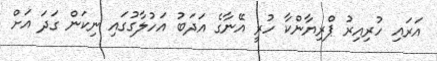
އަރައި ހުރިއިރު ޕްރިޔާންކާ ހުރީ އޭނާގެ އަދަބު އަހުލާގުގައި ނިކަން ގަދަ އަށް